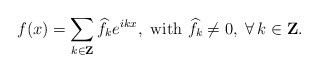
\begin{align*}f(x)=\sum_{k\in \mathbf{Z}}\widehat{f}_{k}e^{ikx},\,\, \mbox{with}\,\,\widehat{f}_{k}\neq 0, \,\,\forall\,k\in \mathbf{Z}.\end{align*}